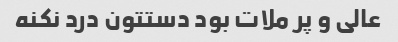
عالی و پر ملات بود دستتون درد نکنه